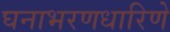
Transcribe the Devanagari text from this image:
घनाभरणधारिणे